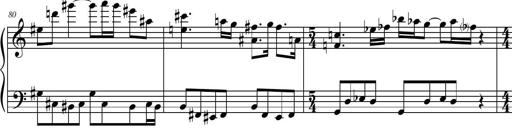
Title: Petite Sonatine
Composer: Richard St. Clair